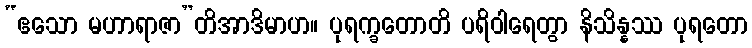
“ဧသော မဟာရာဇာ”တိအာဒိမာဟ။ ပုရက္ခတောတိ ပရိဝါရေတွာ နိသိန္နဿ ပုရတော